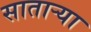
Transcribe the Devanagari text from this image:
सातार्‍या